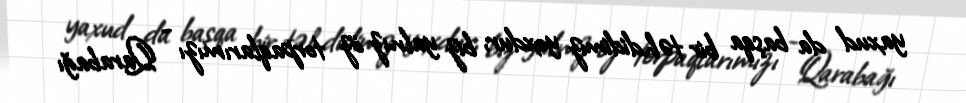
yaxud da başqa bir təhdidimiz yoxdur, biz yalnız öz torpaqlarımızı - Qarabağı